Tezpur Lunatic Asylum reports 1877-1894 - 1877-1894
Year: 1877
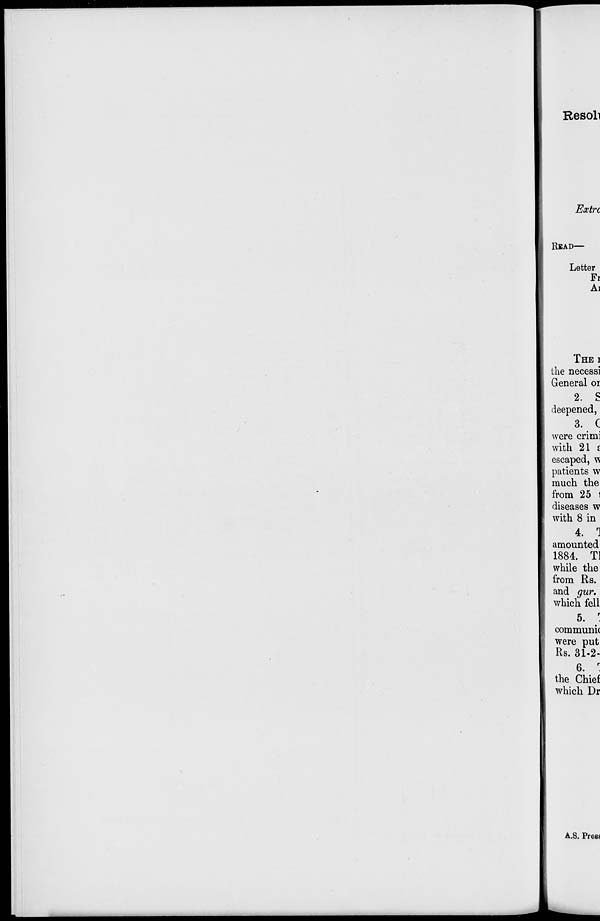
Resoli
Extrc
READ-
Letter
Fr
Ai
THE I
the necessi
General or
2. S
deepened,
3. C
were crimi
with 21 i
escaped, w
patients w
much the
from 25 1
diseases w
with 8 in
4. 1
amounted
1884. Tl
while the
from Rs.
and gur.
which fell
5. ;.
communic
were put
Rs. 31-2-
6. r
the Chief
which Dr
A.S. Prest